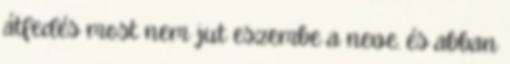
átfedés most nem jut eszembe a neve. és abban